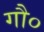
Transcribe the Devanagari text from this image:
गौ०